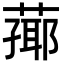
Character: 𦻚